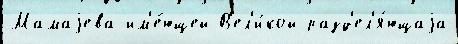
Мамаjева им'е́ющей В'ел'и́кой разд'ел'я́ющаjа